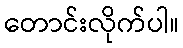
တောင်းလိုက်ပါ။